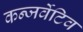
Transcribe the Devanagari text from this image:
कन्जर्वेटिव